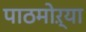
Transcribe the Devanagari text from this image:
पाठमोऱ्या